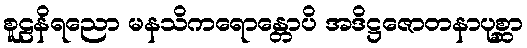
စူဠနိရညော မနသိကရောန္တောပိ အဒိဋ္ဌဇောတနာပုစ္ဆာ